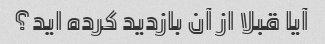
آیا قبلا از آن بازدید کرده اید؟